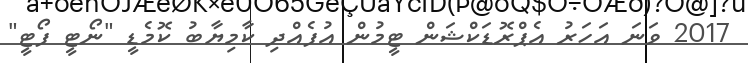
2017 ވަނަ އަހަރު އެޕްރޮޑަކްޝަން ޓީމުން އުފެއްދި ކާމިޔާބު ކޮމެޑީ "ނޯޓީ ފޯޓީ"